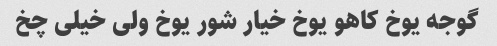
گوجه یوخ کاهو یوخ خیار شور یوخ ولی خیلی چخ